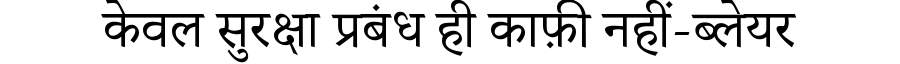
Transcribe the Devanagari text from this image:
केवल सुरक्षा प्रबंध ही काफ़ी नहीं-ब्लेयर